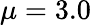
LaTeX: \mu=3.0